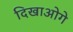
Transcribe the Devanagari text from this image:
दिखाओगे